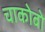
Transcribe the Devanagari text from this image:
चाकोबो